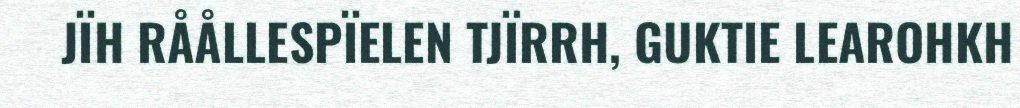
JÏH RÅÅLLESPÏELEN TJÏRRH, GUKTIE LEAROHKH